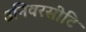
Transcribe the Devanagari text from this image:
उनिवरसीटि